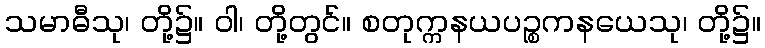
သမာဓီသု၊ တို့၌။ ဝါ၊ တို့တွင်။ စတုက္ကနယပဉ္စကနယေသု၊ တို့၌။